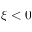
\xi < 0